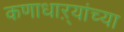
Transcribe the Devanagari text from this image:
कणाधाऱ्यांच्या